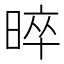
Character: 晬